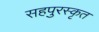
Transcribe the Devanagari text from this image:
सहपुरस्कृत